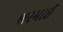
ભરમાઈ